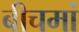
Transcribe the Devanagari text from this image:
बीचमां